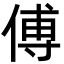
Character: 傅